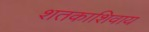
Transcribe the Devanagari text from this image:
शतकाशिवाय